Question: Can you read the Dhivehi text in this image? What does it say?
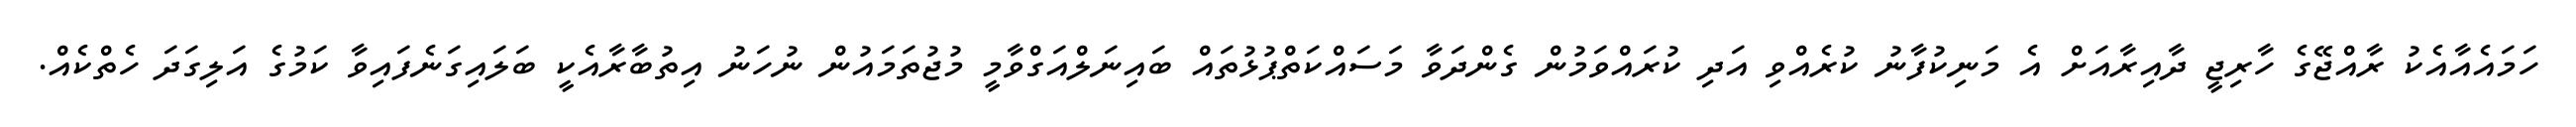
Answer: ހަމައެއާއެކު ރާއްޖޭގެ ހާރިޖީ ދާއިރާއަށް އެ މަނިކުފާނު ކުރެއްވި އަދި ކުރައްވަމުން ގެންދަވާ މަސައްކަތްޕުޅުތައް ބައިނަލްއަގްވާމީ މުޖުތަމައުން ނުހަނު އިތުބާރާއެކީ ބަލައިގަނެފައިވާ ކަމުގެ އަލިގަދަ ހެތްކެއް.